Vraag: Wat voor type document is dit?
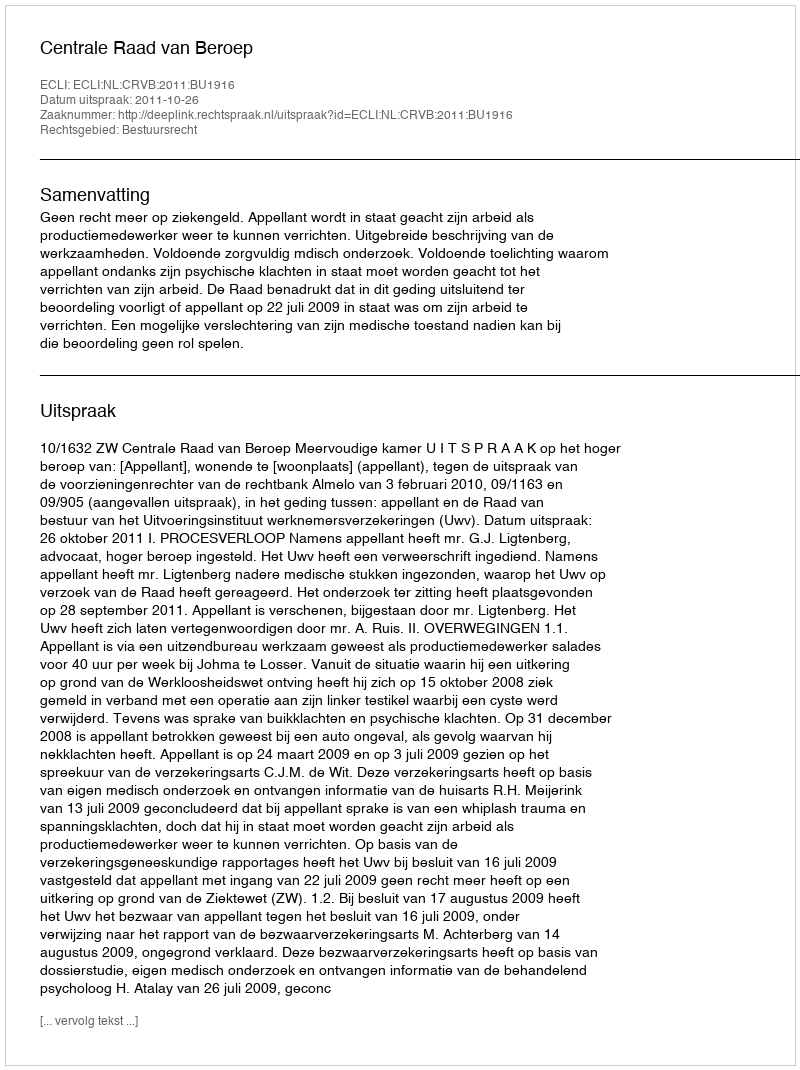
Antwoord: Uitspraak